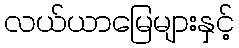
လယ်ယာမြေများနှင့်